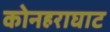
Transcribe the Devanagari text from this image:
कोनहराघाट